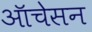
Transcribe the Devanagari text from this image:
ऑचेसन